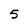
Character: 5